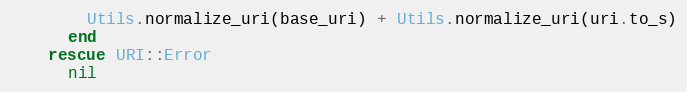
Language: Ruby
        Utils.normalize_uri(base_uri) + Utils.normalize_uri(uri.to_s)
      end
    rescue URI::Error
      nil